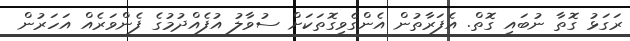
ރަގަޅު ގޮތާ ނުބައި ގޮތް. އެފަރާތުން އެންގެވިގޮތަކަށް ސުވާލު އުފެއްދުމުގެ ފެންވަރެއް އަހަރުން